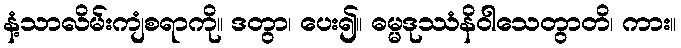
နံ့သာလိမ်းကျံစရာကို။ ဒတွာ၊ ပေး၍။ ဓမ္မဒုဿံနိဝါသေတွာတိ၊ ကား။